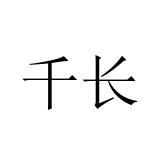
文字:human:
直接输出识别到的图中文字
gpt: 千长